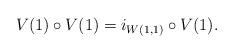
LaTeX: \begin{align*}V(1) \circ V(1) = i_{W(1, 1)} \circ V(1).\end{align*}